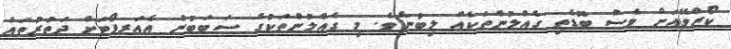
ކޯޒްވޭއަށް ވެސް ބޮޑެތި ގެއްލުންތަކެއް ލިބުނެވެ. މި ގެއްލުންތަކުގެ ސަބަބުން އެއަރޕޯޓަށް ދަތުރުތައް